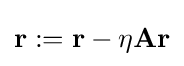
\mathbf {r} :=\mathbf {r} -\eta \mathbf {Ar}